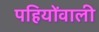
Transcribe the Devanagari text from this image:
पहियोंवाली